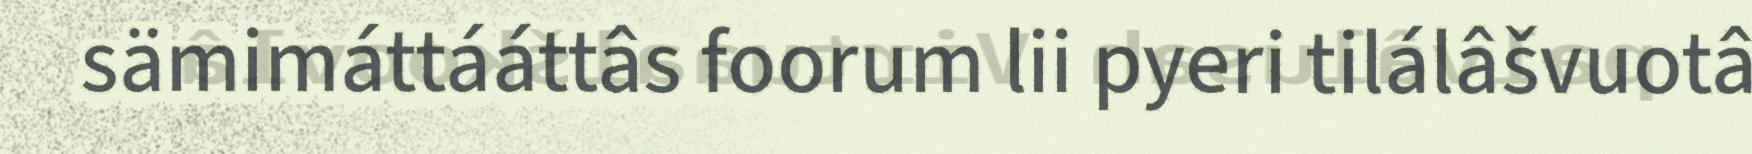
sämimáttááttâs foorum lii pyeri tilálâšvuotâ